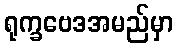
ရုက္ခဗေဒအမည်မှာ